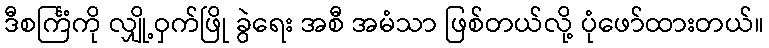
ဒီစင်္ကြံကို လျှို့ဝှက်ဖြို ခွဲရေး အစီ အမံသာ ဖြစ်တယ်လို့ ပုံဖော်ထားတယ်။